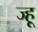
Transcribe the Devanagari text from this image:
ज्हू